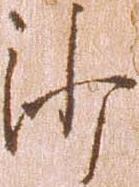
沙